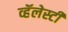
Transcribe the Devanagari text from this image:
व्हॅलेस्टी